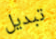
تبديل